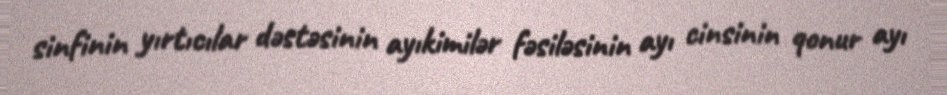
sinfinin yırtıcılar dəstəsinin ayıkimilər fəsiləsinin ayı cinsinin qonur ayı